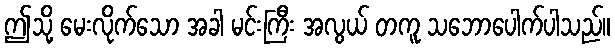
ဤသို့ မေးလိုက်သော အခါ မင်းကြီး အလွယ် တကူ သဘောပေါက်ပါသည်။